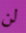
لن